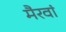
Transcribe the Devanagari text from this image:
मैरवां